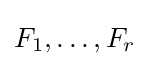
F_{1},\dots ,F_{r}